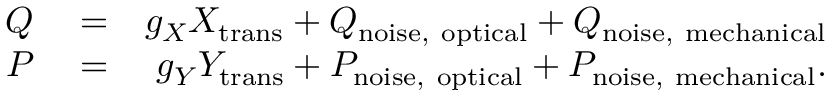
\begin{array} { r l r } { Q } & { { } = } & { g _ { X } X _ { \mathrm { t r a n s } } + Q _ { \mathrm { n o i s e , ~ o p t i c a l } } + Q _ { \mathrm { n o i s e , ~ m e c h a n i c a l } } } \\ { P } & { { } = } & { g _ { Y } Y _ { \mathrm { t r a n s } } + P _ { \mathrm { n o i s e , ~ o p t i c a l } } + P _ { \mathrm { n o i s e , ~ m e c h a n i c a l } } . } \end{array}